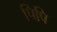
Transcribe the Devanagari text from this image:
पिपि